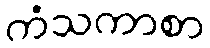
ကံသကာစာ